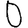
Digit: 0